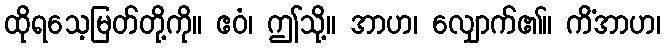
ထိုရသေ့မြတ်တို့ကို။ ဧဝံ၊ ဤသို့။ အာဟ၊ လျှောက်၏။ ကိံအာဟ၊